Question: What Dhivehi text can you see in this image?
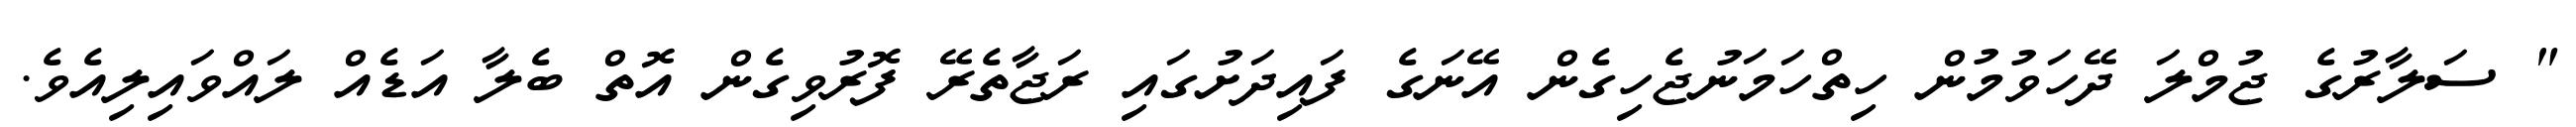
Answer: " ސަލާރުގެ ޖުމްލަ ދޭހަވުމުން ހިތްހަމަނުޖެހިގެން އޭނަގެ ފައިދަށުގައި ރަޖާތެރޭ ފޮރުވިގެން އޮތް ބެލާ އަޑެއް ލައްވައިލިއެވެ.